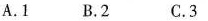
A.1 B.2 C.3